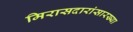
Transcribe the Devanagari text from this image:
मिरासदारांसारख्या